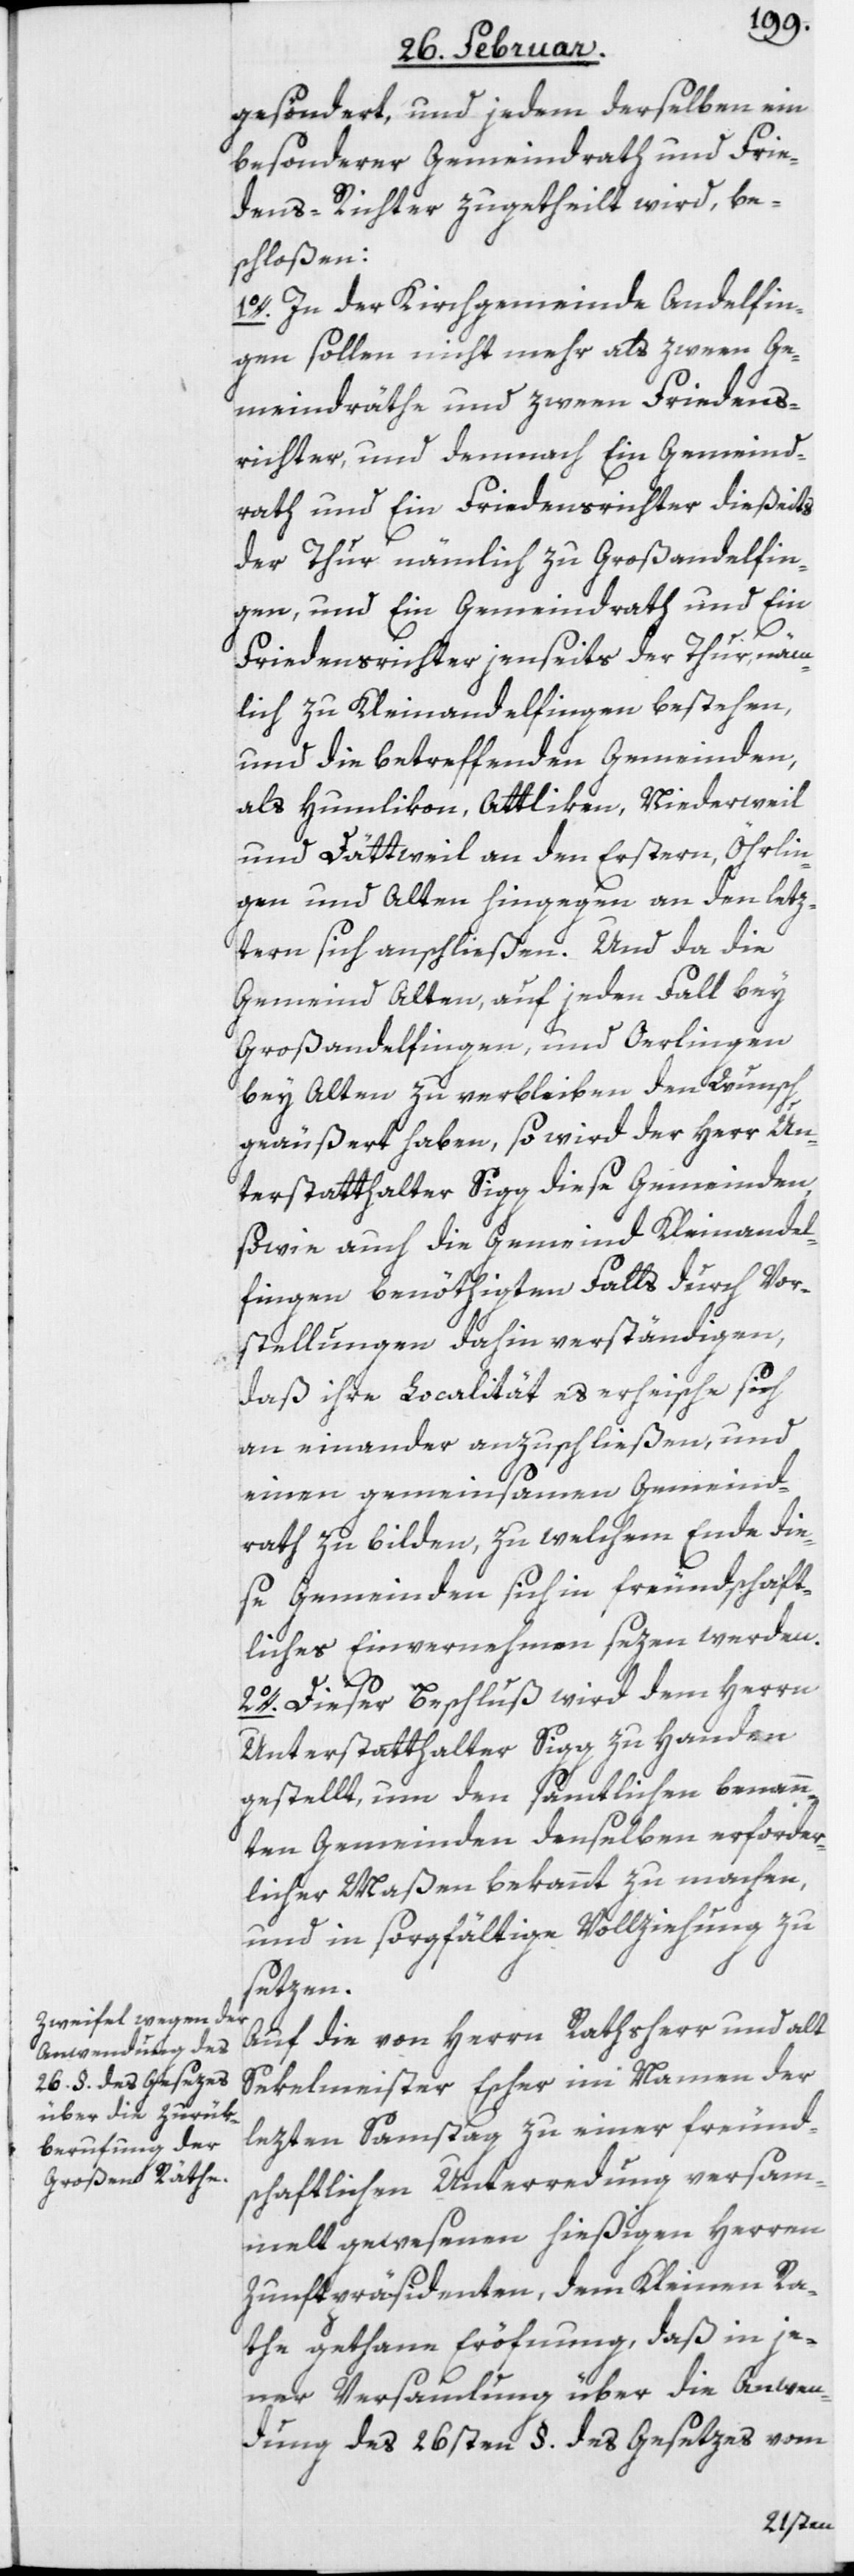
gesöndert, und jedem derselben ein
besonderer Gemeindrath und Frie¬
dens-Richter zugetheilt wird, be¬
schloßen:
1o. In der Kirchgemeinde Andelfin¬
gen sollen nicht mehr als zween Ge¬
meindräthe und zween Friedens¬
richter, und demnach Ein Gemeind¬
rath und Ein Friedensrichter dießeits
der Thur nämlich zu Großandelfin¬
gen, und Ein Gemeindrath und Ein
Friedensrichter jenseits der Thur, näm¬
lich zu Kleinandelfingen bestehen,
und die betreffenden Gemeinden,
als Humlikon, Attliken, Niederweil
und Dättweil an den Erstern, Öhrlin¬
gen und Alten hingegen an den letz¬
tern sich anschließen. Und da die
Gemeind Alten, auf jeden Fall bey
Großandelfingen, und Oerlingen
bey Alten zu verbleiben den Wunsch
geäußert haben, so wird der Herr Un¬
terstatthalter Sigg diese Gemeinden,
sowie auch die Gemeind Kleinandel¬
fingen benöthigten Falls durch Vor¬
stellungen dahin verständigen,
daß ihre Localität es erheische sich
an einander anzuschließen, und
einen gemeinsamen Gemeind¬
rath zu bilden, zu welchem Ende die¬
se Gemeinden sich in freundschaft¬
liches Einvernehmen sezen werden.
2o. Dieser Beschluß wird dem Herrn
Unterstatthalter Sigg zu Handen
gestellt, um den sämtlichen benann¬
ten Gemeinden denselben erforder¬
licher Maßen bekannt zu machen,
und in sorgfältige Vollziehung zu
setzen.
Auf die von Herrn Rathsherr und alt
Sekelmeister Escher im Namen der
lezten Samstag zu einer freund¬
schaftlichen Unterredung versam¬
melt gewesenen hießigen Herren
Zunftpräsidenten, dem Kleinen Ra¬
the gethane Eröfnung, daß in je¬
ner Versammlung über die Anwen¬
dung des 26sten §. des Gesetzes vom